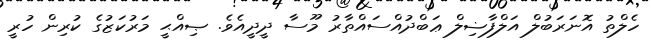
ހެލްތު އޮނަރަބުލް އަލްފާޟިލް ޢަބްދުއްސައްތާރު މޫސާ ދީދީއެވެ. ޞިއްޙީ މަރުކަޒުގެ ކުރިން ހުރީ